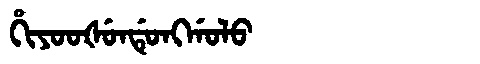
Manchu: ᡥᡳᠶᠣᠣᡧᡠᠨᡩᡠᠩᡤᠣᠯᠣ
Romanization: HIYOOŠUNDUNGGOLO